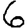
Digit: 6